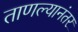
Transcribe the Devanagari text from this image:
ताणल्यानंतर